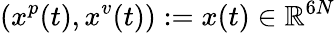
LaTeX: (x^{p}(t),x^{v}(t)):=x(t)\in\mathbb{R}^{6N}